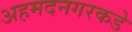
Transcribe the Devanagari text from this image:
अहमदनगरकडे